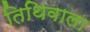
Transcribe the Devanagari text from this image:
तिथिवाला